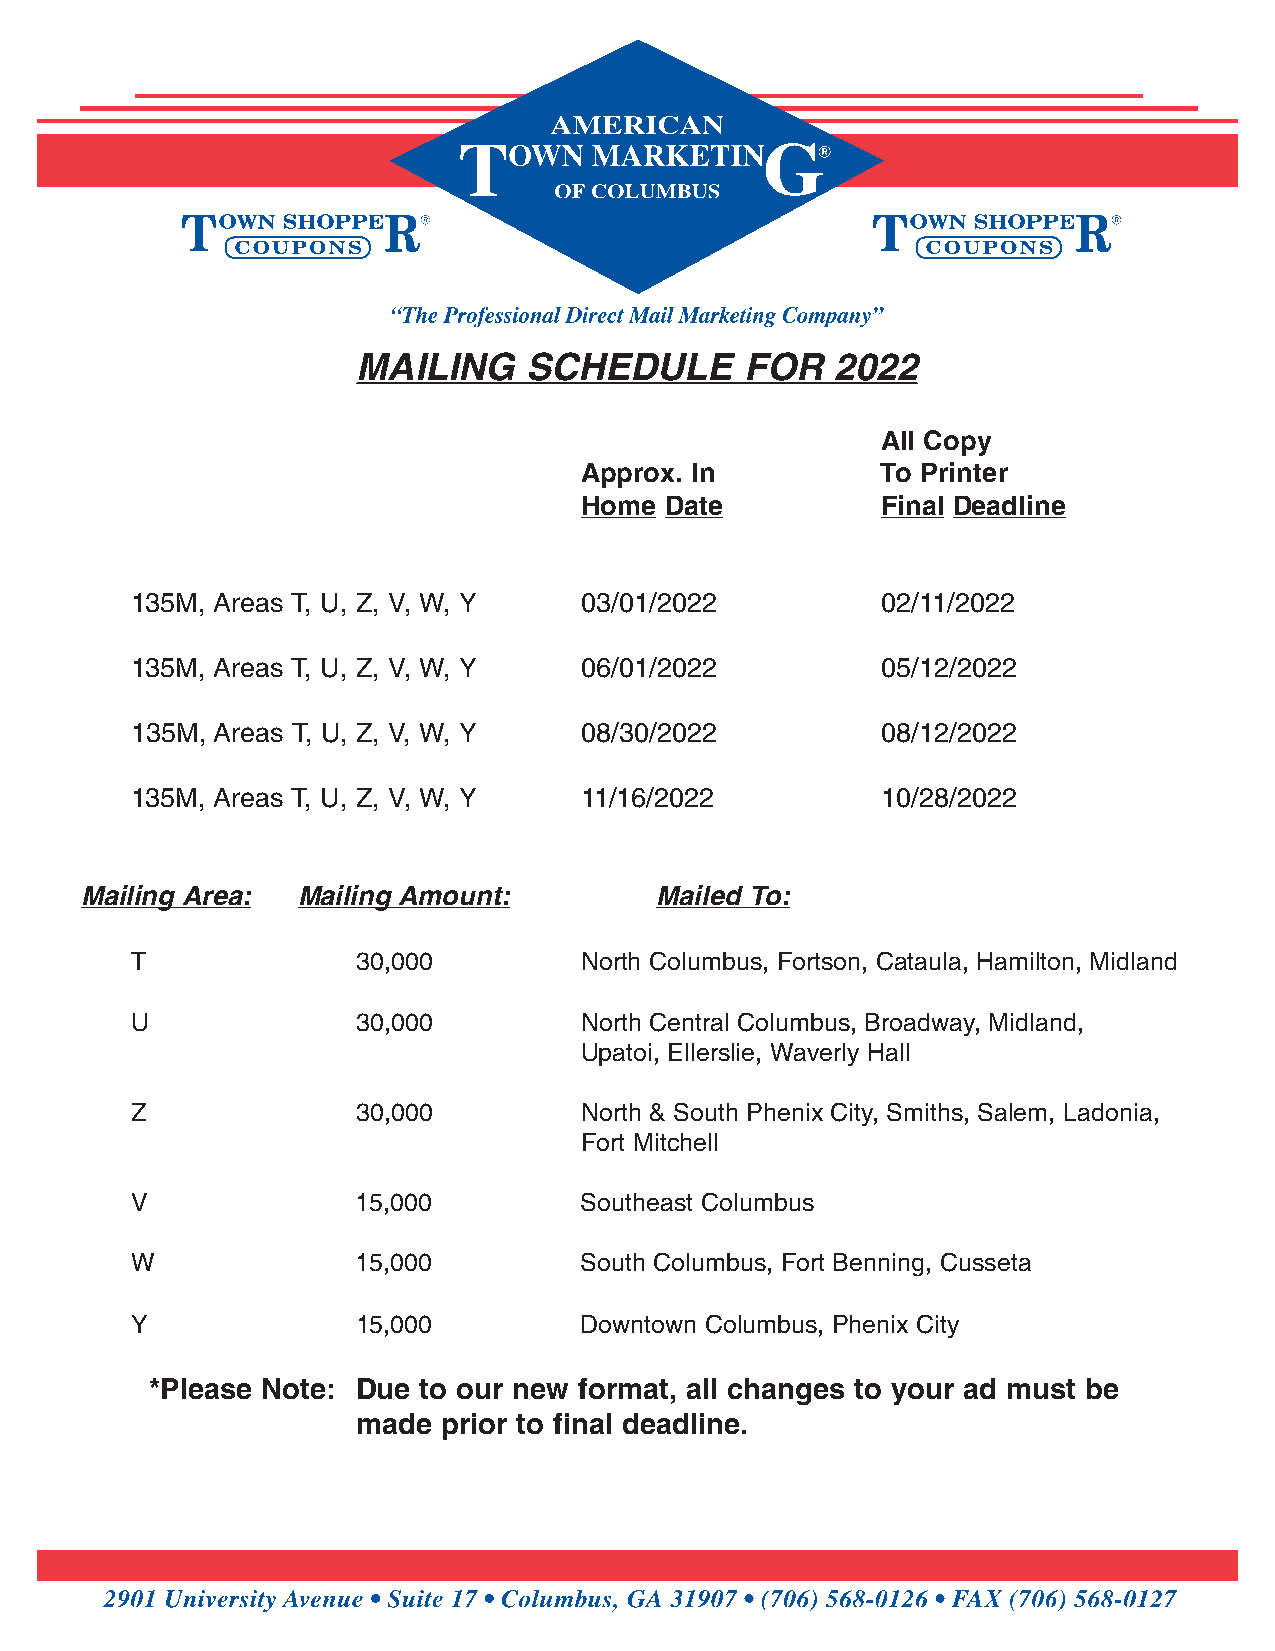
MAILING    SCHEDULE      FOR   2022
 All Copy
 Approx. In          To Printer
 Home  Date          Final Deadline
 135M, Areas T, U, Z, V, W, Y 03/01/2022          02/11/2022
 135M, Areas T, U, Z, V, W, Y 06/01/2022          05/12/2022
 135M, Areas T, U, Z, V, W, Y 08/30/2022          08/12/2022
 135M, Areas T, U, Z, V, W, Y 11/16/2022          10/28/2022
 Mailing Area:  Mailing Amount:        Mailed To:
 T              30,000        North Columbus, Fortson, Cataula, Hamilton, Midland
 U              30,000        North Central Columbus, Broadway, Midland,
 Upatoi, Ellerslie, Waverly Hall
 Z              30,000        North & South Phenix City, Smiths, Salem, Ladonia,
 Fort Mitchell
 V              15,000        Southeast Columbus
 W              15,000        South Columbus, Fort Benning, Cusseta
 Y              15,000        Downtown Columbus, Phenix City
 *Please Note: Due to our new format, all changes to your ad must be
 made prior to final deadline.